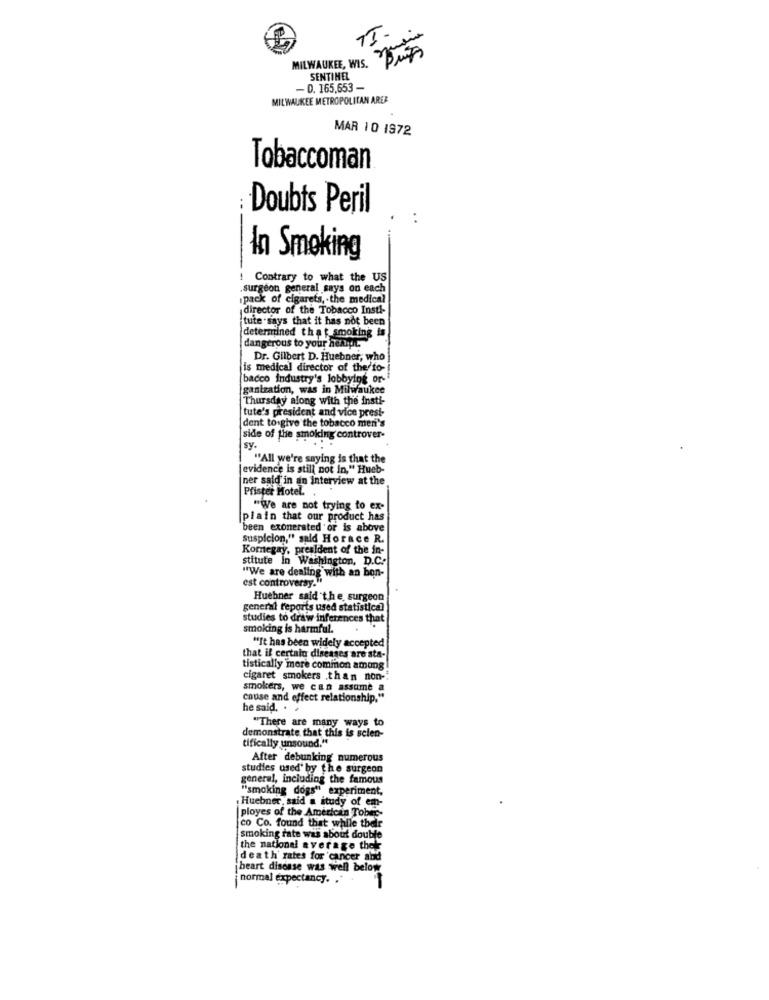
TI.
MILWAUKEE, WIS.
SENTINEL
-0. 165.653 -
MILWAUKEE METROPOLITAN AREA
MAR 10 1972
Tobaccoman
Doubts Peril
In Smoking
Contrary to what the US
surgeon general says on each
pack of cigarets, . the medical
director of the Tobacco Insti-
tute says that it has not been
determined that smoking is
dangerous to your heart.
Dr. Gilbert D. Huebner, who
is medical director of the fo-
bacco industry's lobbying or-
gantzation, was in Milwaukee
Thursday along with the insti-
tute's president and vice presi-
dent to give the tobacco men's
side of the smoking controver-
sy.
"All we're saying is that the
evidence is still not In," Hueb-
ner said in an Interview at the
Pfister Hotel.
"We are not trying to ex-
plain that our product has
been exonerated or is above
suspicion," said Horace R.
Kommegay, president of the in-
stitute in Washington, D.C.
"We are dealing with an bon-
est controversy."
Huebner said the surgeon
general reports used statistical
studies to draw inferences that
smoking is harmful.
"It has been widely accepted
that if certain diseases are sta-
tistically more common among!
cigaret smokers .than non -!
smokers, we can assume a
cause and effect relationship."
he said. . .
"There are many ways to
demonstrate that this is selen-
tifically unsound."
After debunking numerous
studies used by the surgeon
general, including the famous
"smoking dogs"
dogs" experiment,
Huebner said a itudy of em-
ployes of the American Tober-
co Co. found that while thelr
smoking rate was about double
the national average thek
death rates for cancer abd
heart disease was well below
normal expectancy. .